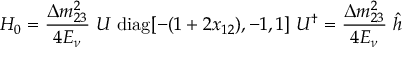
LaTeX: { \cal H } _ { 0 } = { \frac { \Delta m _ { 2 3 } ^ { 2 } } { 4 E _ { \nu } } } ~ U \; \mathrm { d i a g } [ - ( 1 + 2 x _ { 1 2 } ) , - 1 , 1 ] ~ U ^ { \dagger } = { \frac { \Delta m _ { 2 3 } ^ { 2 } } { 4 E _ { \nu } } } ~ { \hat { h } }